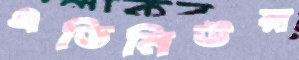
এভিনিউয়